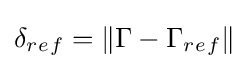
\delta _{r_{}e_{}f}=\|\Gamma -\Gamma _{r_{}e_{}f}\|